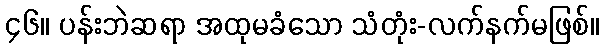
၄၆။ ပန်းဘဲဆရာ အထုမခံသော သံတုံး-လက်နက်မဖြစ်။